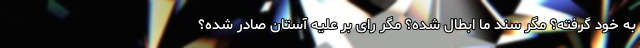
به خود گرفته؟ مگر سند ما ابطال شده؟ مگر رای بر علیه آستان صادر شده؟